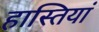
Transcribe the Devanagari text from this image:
हास्तियां